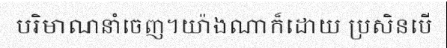
បរិមាណនាំចេញ។យ៉ាងណាក៏ដោយ ប្រសិនបើ